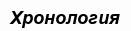
Хронология